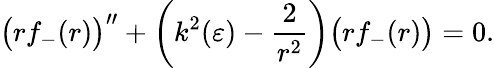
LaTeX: \big(rf_{-}(r)\big)^{\prime\prime}+\bigg(k^{2}(\varepsilon)-\frac{2}{r^{2}}\bigg)\big(rf_{-}(r)\big)=0.